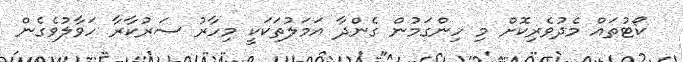
ކޯޓުތައް މެދުވެރިކޮށް މި ހިންގަމުން ގެންދާ އަމަލުތަކަކީ މިހާރު ސަރުކާރާ ހަވާލުވެގެން